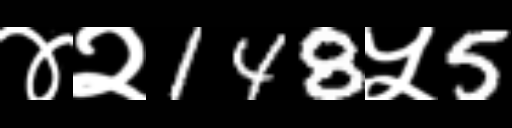
Text: ४२148५5